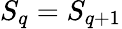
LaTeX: S_{q}=S_{q+1}